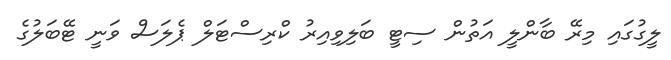
ލީގުގައި މިރޭ ބާންލީ އަތުން ސިޓީ ބަލިވިއިރު ކްރިސްޓަލް ޕެލަސް ވަނީ ޓޭބަލުގެ